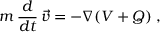
m \, { \frac { d } { d t } } \, { \vec { v } } = - \nabla ( V + Q ) \; ,